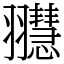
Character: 䎚